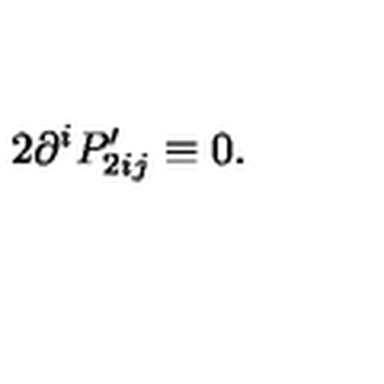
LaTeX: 2 \partial ^ { i } P _ { 2 i j } ^ { \prime } \equiv 0 .